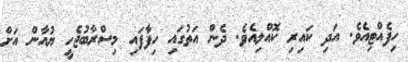
ހިފެއްޓިއެވެ. އަދި ކައިރި ކޮއްލިއެވެ. ދެން އަތުގައި ހިފާފައި މިސްރާބުޖެހީ ޔުއާން އަށް